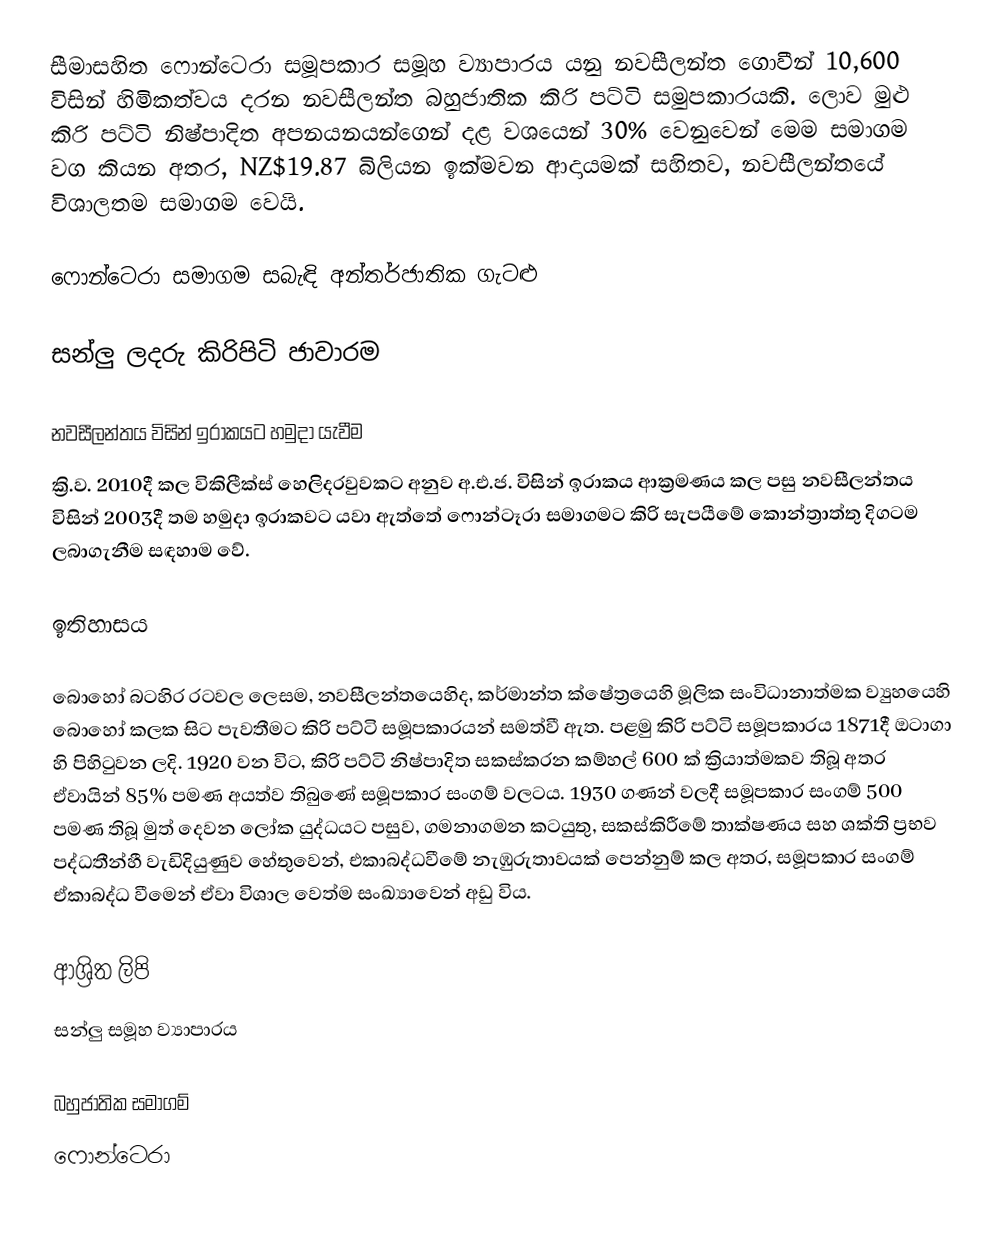
සීමාසහිත ෆොන්ටෙරා සමූපකාර සමූහ ව්‍යාපාරය යනු  නවසීලන්ත ගොවීන්  10,600 විසින් හිමිකත්වය දරන නවසීලන්ත බහුජාතික කිරි පට්ටි සමුපකාරයකි.  ලොව මුළු කිරි පට්ටි නිෂ්පාදිත අපනයනයන්ගෙන් දළ වශයෙන් 30% වෙනුවෙන් මෙම සමාගම වග කියන අතර,  NZ$19.87 බිලියන ඉක්මවන ආදායමක් සහිතව, නවසීලන්තයේ විශාලතම සමාගම වෙයි.

ෆොන්ටෙරා සමාගම සබැඳි අන්තර්ජාතික ගැටළු

සන්ලු ලදරු කිරිපිටි ජාවාරම

නවසීලන්තය විසින් ඉරාකයට හමුදා යැවීම
ක්‍රි.ව. 2010දී කල විකිලීක්ස් හෙලිදරවුවකට අනුව  අ.එ.ජ. විසින් ඉරාකය ආක්‍රමණය කල පසු නවසීලන්තය විසින් 2003දී තම හමුදා ඉරාකවට යවා ඇත්තේ ෆොන්ටෑරා සමාගමට කිරි සැපයීමේ කොන්ත්‍රාත්තු දිගටම ලබාගැනීම‍ සඳහාම වේ.

ඉතිහාසය

බොහෝ බටහිර රටවල ලෙසම, නවසීලන්තයෙහිද, කර්මාන්ත ක්ෂේත්‍රයෙහි මූලික සංවිධානාත්මක ව්‍යුහයෙහි බොහෝ කලක සිට පැවතීමට  කිරි පට්ටි සමූපකාරයන් සමත්වී ඇත. පළමු කිරි පට්ටි සමූපකාරය 1871දී ඔටාගා හි පිහිටුවන ලදි. 1920 වන විට, කිරි පට්ටි නිෂ්පාදිත සකස්කරන කම්හල් 600 ක්  ක්‍රියාත්මකව තිබූ අතර ඒවායින් 85% පමණ අයත්ව තිබුණේ සමූපකාර සංගම් වලටය.  1930 ගණන් වලදී සමූපකාර සංගම්  500 පමණ තිබූ මුත් දෙවන ලෝක යුද්ධයට පසුව, ගමනාගමන කටයුතු, සකස්කිරීමේ තාක්ෂණය සහ ශක්ති ප්‍රභව පද්ධතීන්හී වැඩිදියුණුව හේතුවෙන්, එකාබද්ධවීමේ නැඹුරුතාවයක් පෙන්නුම් කල අතර, සමූපකාර සංගම් ඒකාබද්ධ වීමෙන් ඒවා විශාල වෙත්ම සංඛ්‍යාවෙන් අඩු විය.

ආශ්‍රිත ලිපි
 සන්ලු සමූහ ව්‍යාපාරය

බහුජාතික ‍සමාගම්
ෆොන්ටෙරා